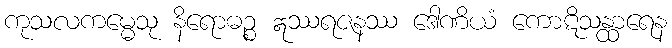
ကုသလကမ္မေသု နိရောဓဉ္စ ဣဿရဇနဿ ဒေါဏိယံ ကောဋိသန္ထာရေန